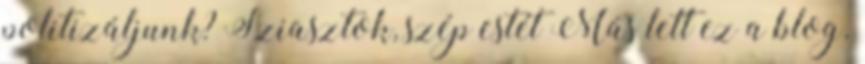
politizáljunk? Sziasztok, szép estét Más lett ez a blog.